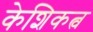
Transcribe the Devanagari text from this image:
केशिकत्व